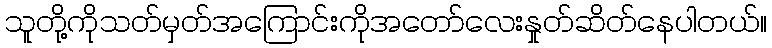
သူတို့ကိုသတ်မှတ်အကြောင်းကိုအတော်လေးနှုတ်ဆိတ်နေပါတယ်။